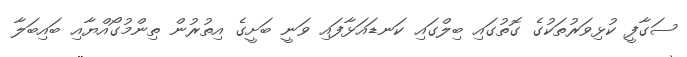
ސަގާފީ ކުޅިވަރުތަކުގެ ގޮތުގައި ބިލްގައި ކަނޑައަޅާފައި ވަނީ ބަށީގެ އިތުރުން ތިންމުގޯއްޔާއި ބައިބަލާ